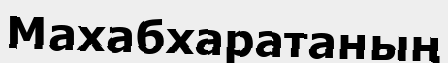
Махабхаратаның